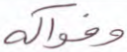
وفواكه